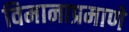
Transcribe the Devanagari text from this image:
विमानाप्रमाणे